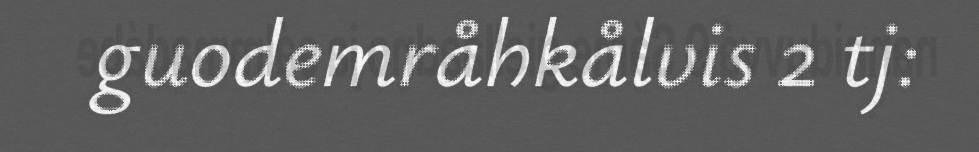
guodemråhkålvis 2 tj: